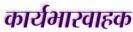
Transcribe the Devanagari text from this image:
कार्यभारवाहक